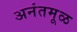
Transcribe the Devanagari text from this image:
अनंतमूळ